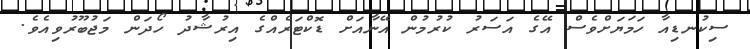
ސިކުނޑިއާ ހަމަޔަށްވެސް އޭގެ އަސަރު ކުރުމުން އޭނާއަށް ޑޮކްޓަރެއްގެ އިރުޝާދު ހޯދަން މަޖުބޫރުވިއެވެ.